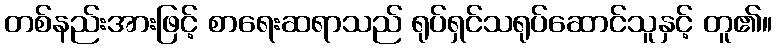
တစ်နည်းအားဖြင့် စာရေးဆရာသည် ရုပ်ရှင်သရုပ်ဆောင်သူနှင့် တူ၏။